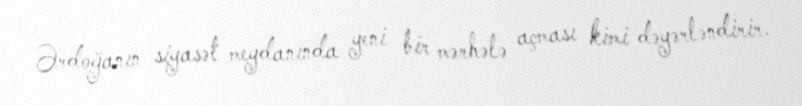
Ərdoğanın siyasət meydanında yeni bir mərhələ açması kimi dəyərləndirir.